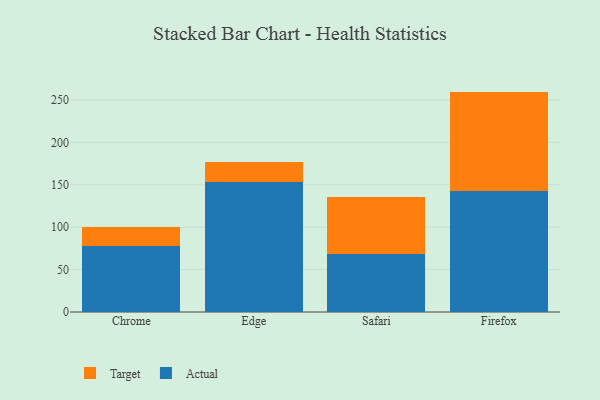
{"axis": {"x": "Browser", "y": "Latency (ms)"}, "legend": ["Actual", "Target"], "data": [{"x": "Chrome", "y": 78.2, "type": "Actual"}, {"x": "Chrome", "y": 22.4, "type": "Target"}, {"x": "Edge", "y": 152.8, "type": "Actual"}, {"x": "Edge", "y": 24.2, "type": "Target"}, {"x": "Safari", "y": 68.1, "type": "Actual"}, {"x": "Safari", "y": 67.6, "type": "Target"}, {"x": "Firefox", "y": 142.1, "type": "Actual"}, {"x": "Firefox", "y": 117.7, "type": "Target"}]}